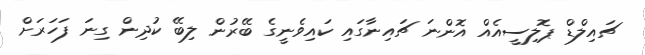
ޗައިލްޑް ޕޮލިސީއެއް އޮންނަ ޗައިނާގައި ކައިވެނީގެ ބޭރުން ލިބޭ ކުދިން ގިނަ ފަހަރަށް